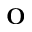
\mathrm { \bf O }